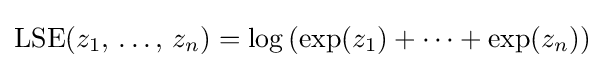
\operatorname {LSE} (z_{1},\,\dots ,\,z_{n})=\log \left(\exp(z_{1})+\cdots +\exp(z_{n})\right)